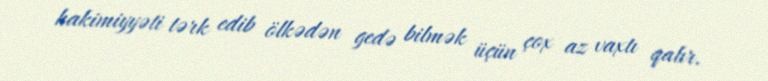
hakimiyyəti tərk edib ölkədən gedə bilmək üçün çox az vaxtı qalır.